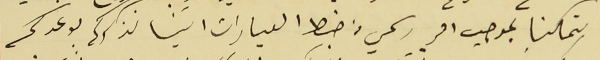
تمكنا بموجب امر رسمي من ضبط العيارات اتينا نذكركم بوعدكم